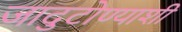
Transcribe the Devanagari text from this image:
जादुटोण्याशी